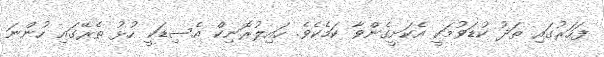
ފަހަރުގައި ތަދު ކުޑަވުމަކީ އެކަށީގެންވާ ކަމެކެވެ. ހައިލުރޮނިކް އެސިޑަކީ ހުޅު ތެރޭގައި ހުންނަ